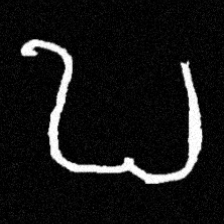
Pyu character \u2014 Myanmar letter: ဎ (romanized: ddha)